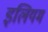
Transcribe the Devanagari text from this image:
इलियम